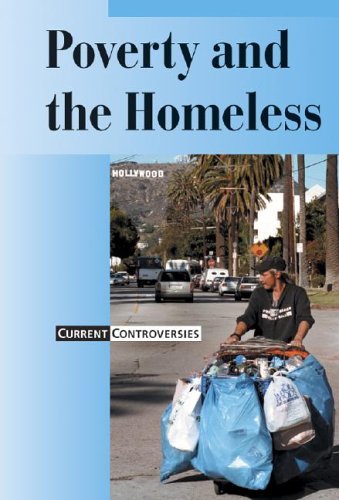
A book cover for Current Controversies - Poverty and the Homeless (hardcover edition); Teen & Young Adult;